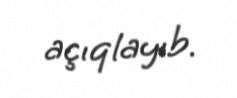
açıqlayıb.